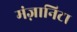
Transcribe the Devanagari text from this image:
मंज़ानिटा